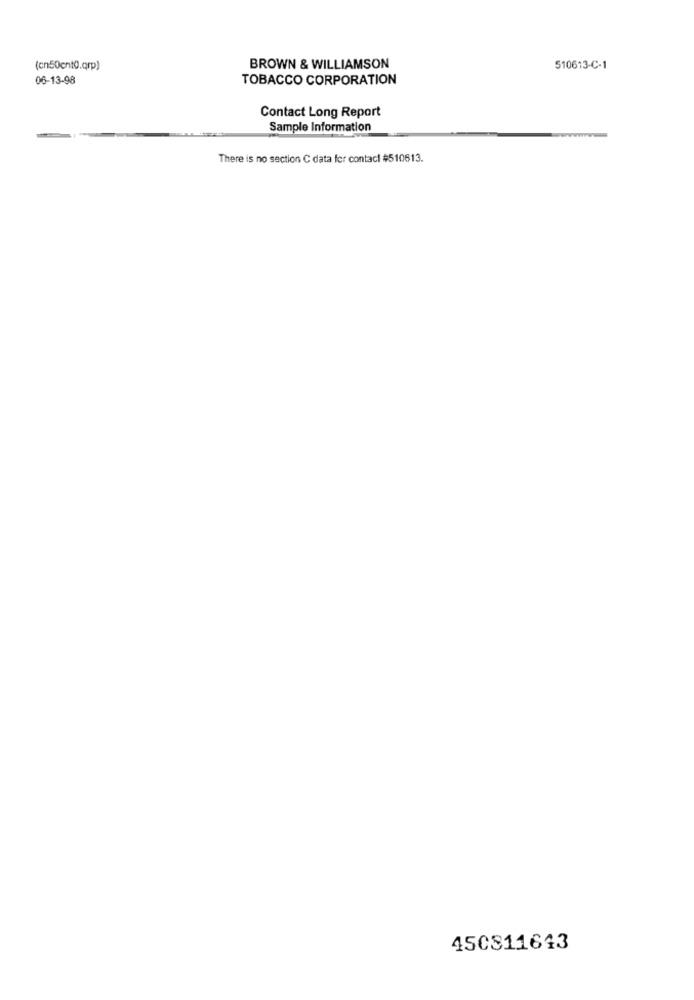
(cn50cnt0.qrp)
BROWN & WILLIAMSON
510613-C-1
06-13-98
TOBACCO CORPORATION
Contact Long Report
Sample Information
There is no section C data for contact #510613.
450811643